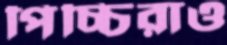
পিচ্চিরাও